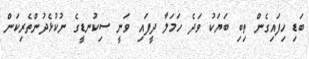
ބަޑި ހިފައިގެން ތިބި ބަޔަކު ވަދެ ހަމަލާ ދީފައި ވަނީ ސިކުނޑީގެ ނުކުޅެދުންތެރިކަން